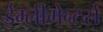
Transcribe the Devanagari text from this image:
ईम्लीमेन्टर्स